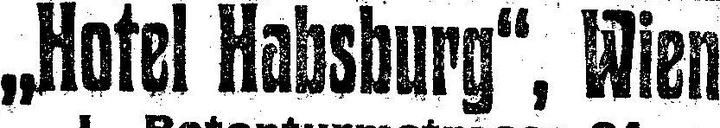
„Hotel Habsburg“, Wien